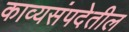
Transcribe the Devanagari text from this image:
काव्यसंपदेतील